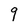
Character: 9